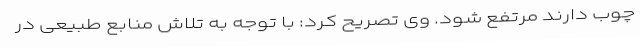
چوب دارند مرتفع شود. وی تصریح کرد: با توجه به تلاش منابع طبیعی در